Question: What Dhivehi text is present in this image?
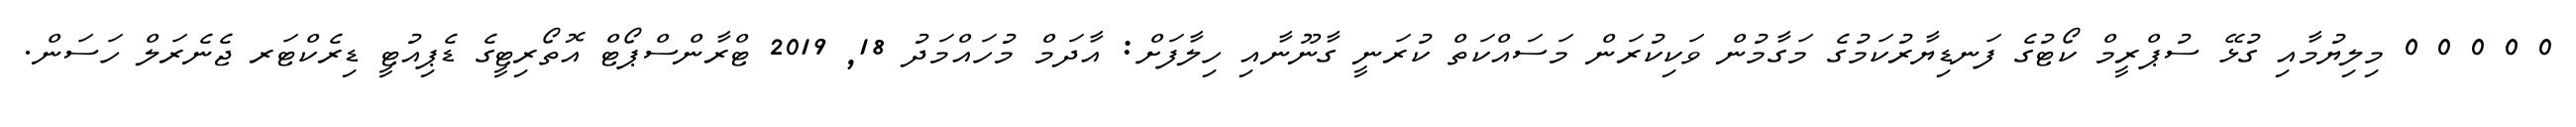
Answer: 0 0 0 0 0 މިލިޔުމާއި ގުޅޭ ސުޕްރީމް ކޯޓުގެ ފަނޑިޔާރުކަމުގެ މަގާމުން ވަކިކުރަން މަސައްކަތް ކުރަނީ ގާނޫނާއި ހިލާފަށް: އާދަމް މުހައްމަދު 18, 2019 ޓްރާންސްޕޯޓް އޮތޯރިޓީގެ ޑެޕިއުޓީ ޑިރެކްޓަރ ޖެނެރަލް ހަސަން.